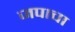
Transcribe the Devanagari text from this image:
जपाचा